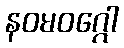
နဝမဝဂ္ဂေါ